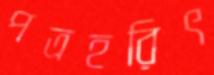
পত্রহরিৎ